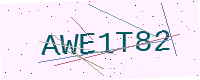
Text: AWE1T82